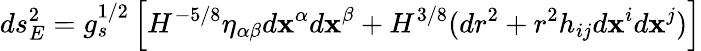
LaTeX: ds_{E}^{2}=g_{s}^{1/2}\left[H^{-5/8}\eta_{\alpha\beta}d\mathbf{x}^{\alpha}d\mathbf{x}^{\beta}+H^{3/8}(dr^{2}+r^{2}h_{ij}d\mathbf{x}^{i}d\mathbf{x}^{j})\right]